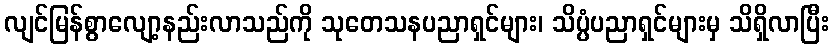
လျင်မြန်စွာလျော့နည်းလာသည်ကို သုတေသနပညာရှင်များ၊ သိပ္ပံပညာရှင်များမှ သိရှိလာပြီး